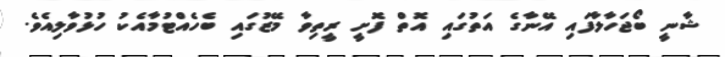
ޝާނީ ބޯޖަހާލާފައި އޭނާގެ އަތުގައި އޮތް ފޮށީ ރީތިވާ މޭޒުގައި ބެހެއްޓުމާއެކު ހުޅުވާލިއެވެ.